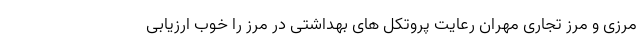
مرزی و مرز تجاری مهران رعایت پروتکل های بهداشتی در مرز را خوب ارزیابی